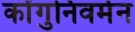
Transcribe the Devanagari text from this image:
कोंगुनिवर्मन